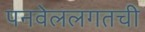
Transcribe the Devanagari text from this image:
पनवेललगतची